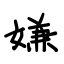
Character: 嫌